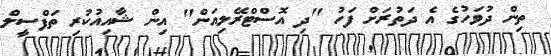
ތިން ދުވަހުގެ އެ ދަތުރަށް ފަހު "ދި އޮސްޓްރޭލިއަން" އިން ޝާއިއުކުރި ތަފްސީލް